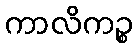
ကာလိကဉ္စ